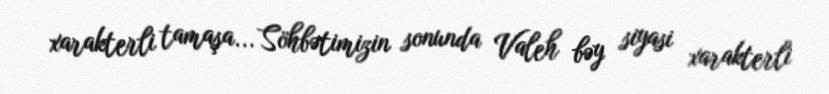
xarakterli tamaşa... Söhbətimizin sonunda Valeh bəy siyasi xarakterli